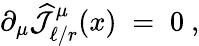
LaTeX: \partial_{\mu}\widehat{{\mathcal J}}_{\ell/r}^{\mu}(x)\; =\; 0~,